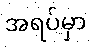
အရပ်မှာ